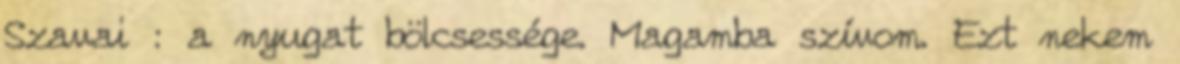
Szavai : a nyugat bölcsessége. Magamba szívom. Ezt nekem